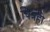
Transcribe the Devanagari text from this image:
चित्रंही